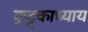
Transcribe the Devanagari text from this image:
कुट्टकाध्याय